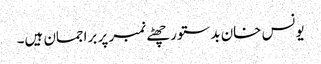
یونس خان بدستور چھٹے نمبر پر براجمان ہیں۔